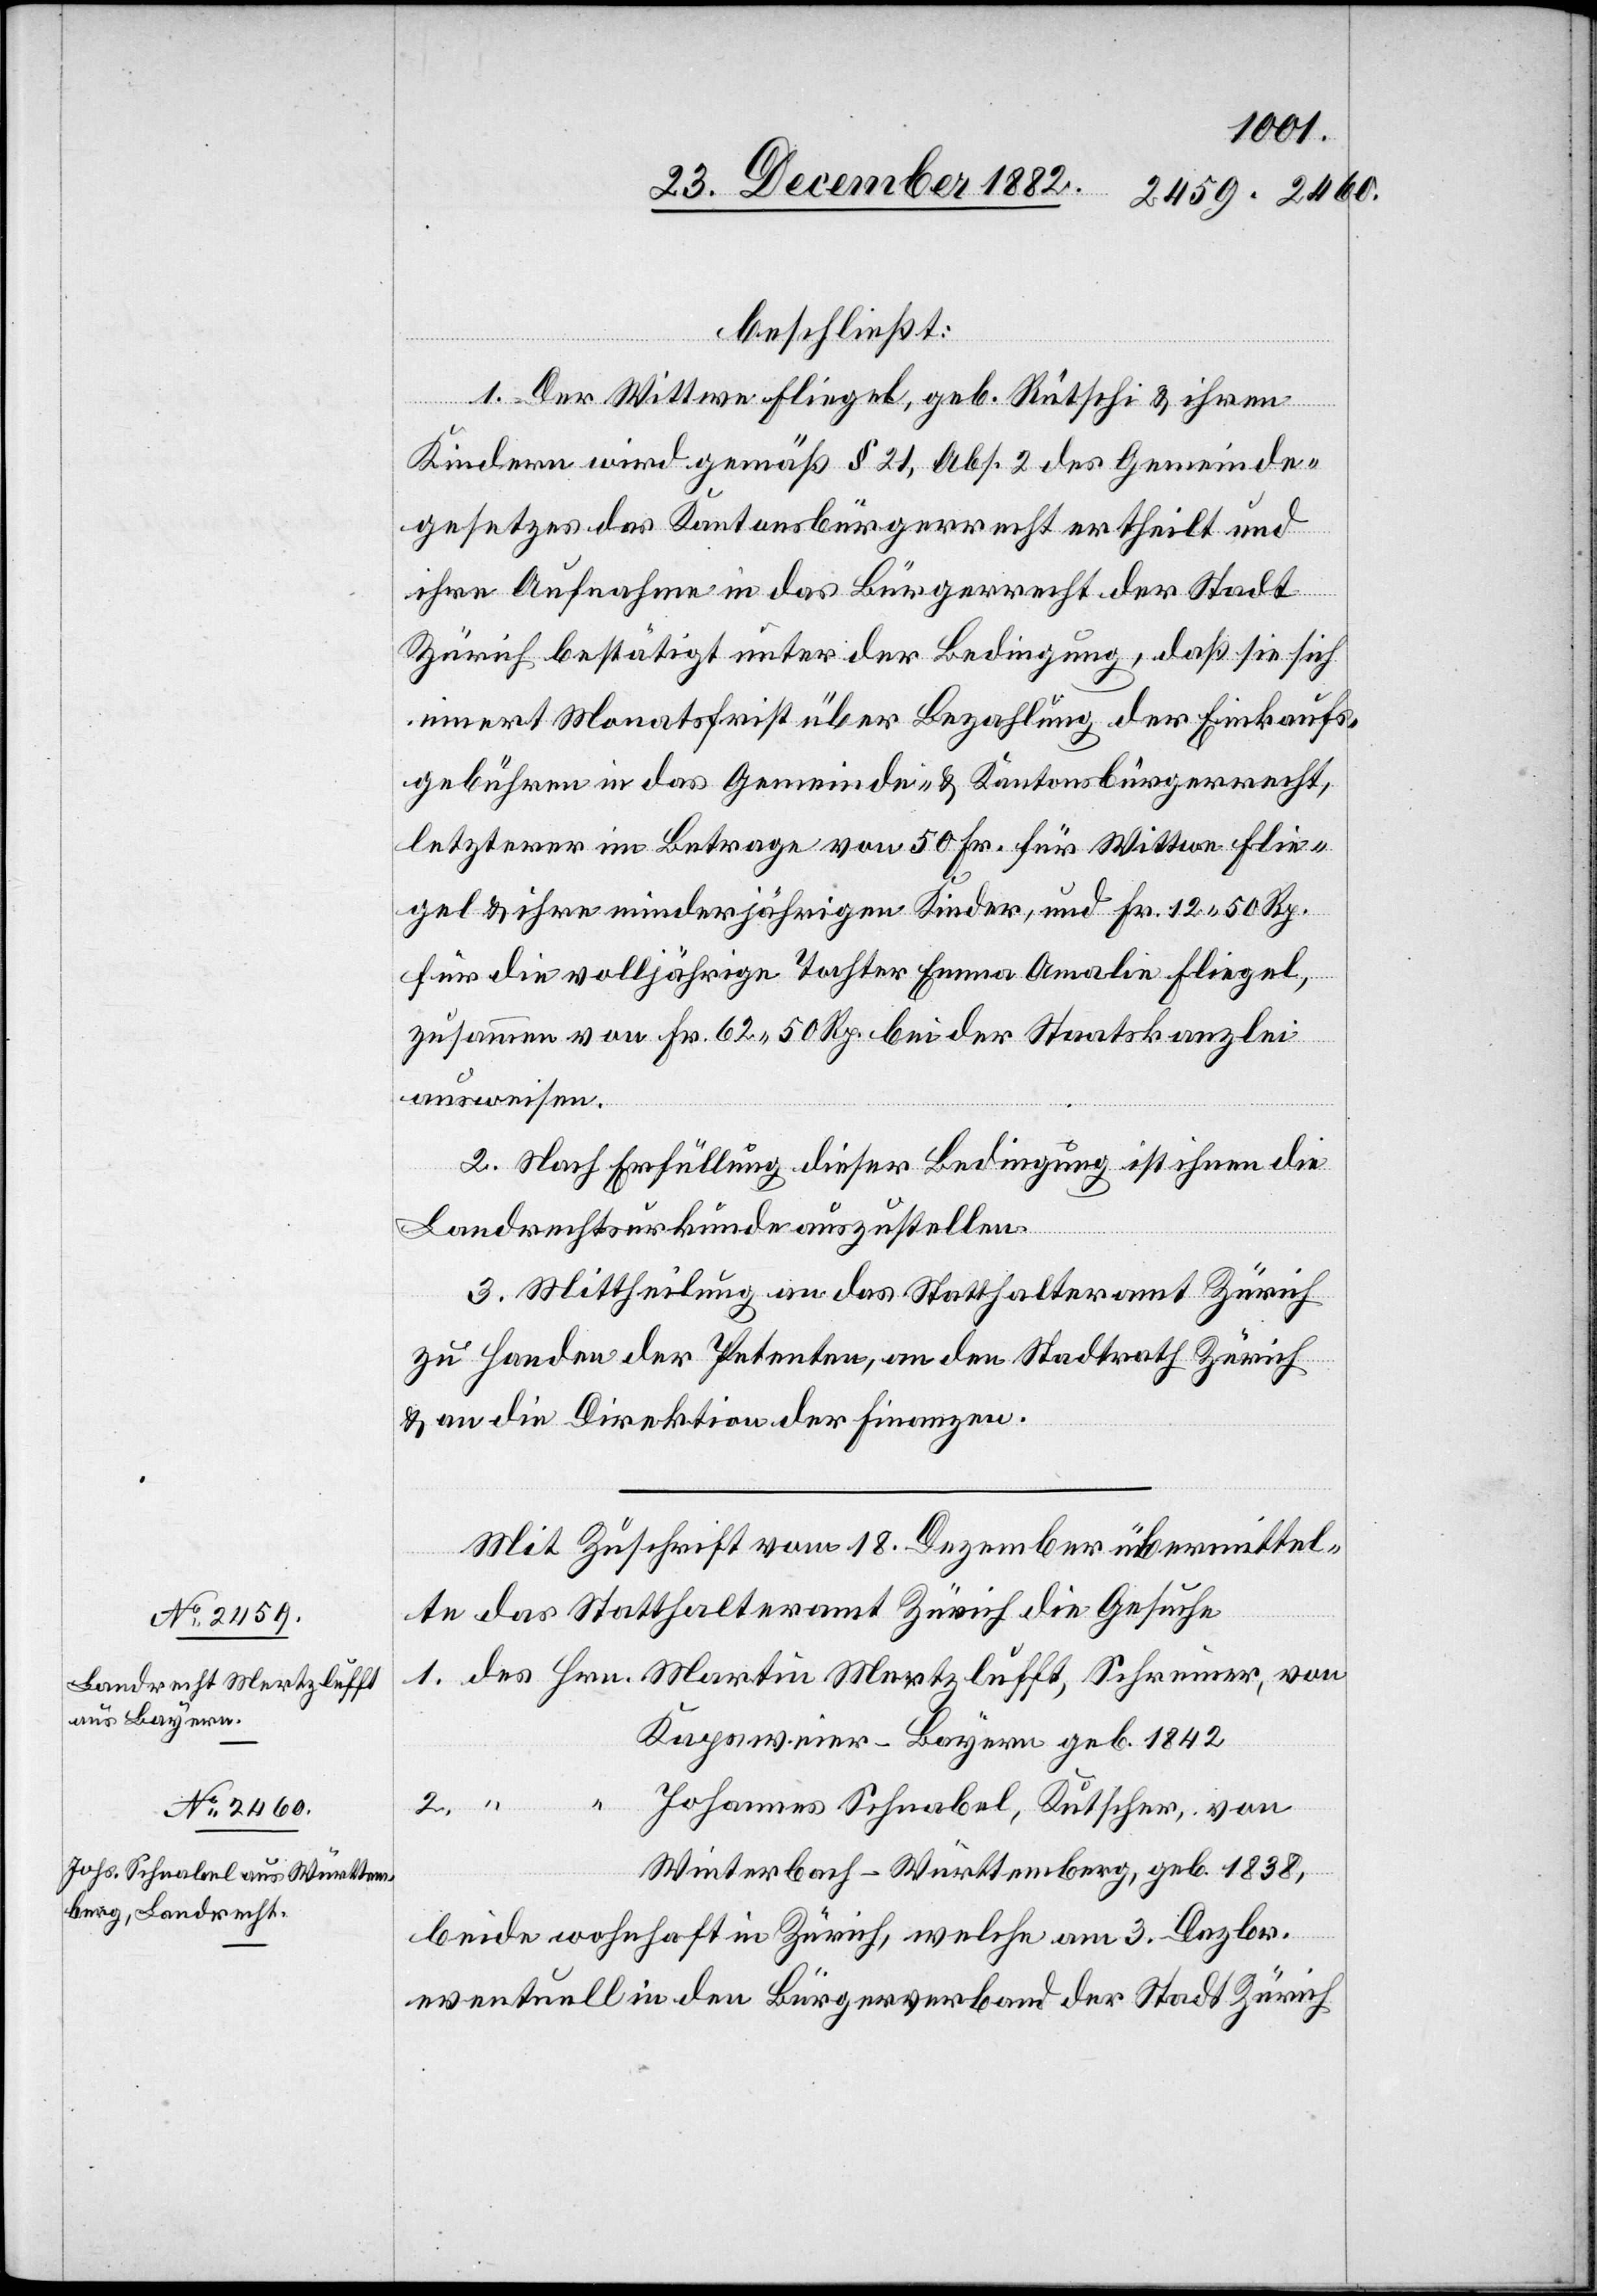
beschließt:
1. Der Wittwe Fliegel, geb. Rütschi & ihren
Kindern wird gemäß § 21, Abs. 2 des Gemeinde¬
gesetzes das Kantonsbürgerrecht ertheilt und
ihre Aufnahme in das Bürgerrecht der Stadt
Zürich bestätigt unter der Bedingung, daß sie sich
innert Monatsfrist über Bezahlung der Einkaufs¬
gebühren in das Gemeinde- & Kantonsbürgerrecht,
letzterer im Betrage von 50 Fr. für Wittwe Flie¬
gel & ihre minderjährigen Kinder, und Fr. 12 50 Rp.
für die volljährige Tochter Emma Amalie Fliegel,
zusammen von Fr. 62 50 Rp. bei der Staatskanzlei
ausweisen.
2. Nach Erfüllung dieser Bedingung ist ihnen die
Landrechtsurkunde auszustellen.
3. Mittheilung an das Statthalteramt Zürich
zu Handen der Petenten, an den Stadtrath Zürich
& an die Direktion der Finanzen.
Mit Zuschrift vom 18. Dezember übermittel¬
te das Statthalteramt Zürich die Gesuche
1. des Hrn. Martin Mertzlufft, Schreiner, von
Kapsweier - Bayern geb. 1842
2.
Johannes Schnabel, Kutscher, von
Winterbach - Württemberg, geb. 1838,
beide Wohnhaft in Zürich, welche am 3. Dezbr.
eventuell in den Bürgerverband der Stadt Zürich